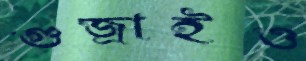
গুজ্‌রাইও